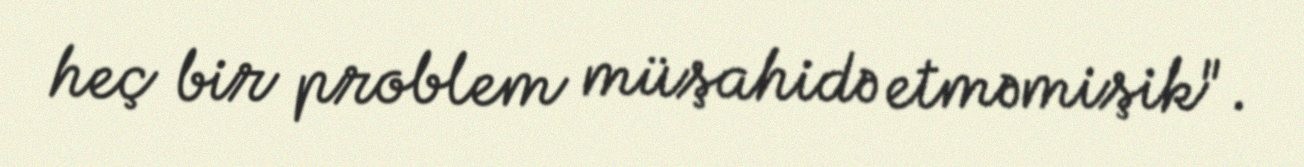
heç bir problem müşahidə etməmişik".